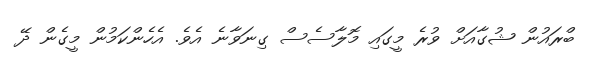
ބްރައުން ޝުގާއަށް ވުރެ މީގައި މޮލާސެސް ގިނަވާނެ އެވެ. އެހެންކަމުން މީގެން ދޭ